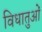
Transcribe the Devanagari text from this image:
विधातुओं